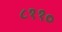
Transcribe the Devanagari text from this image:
८११०